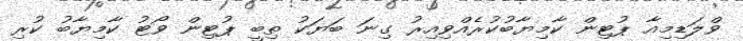
ވްލަޑިމިއާ ޕުޓިން ކާމިޔާބުކުރެއްވިއިރު ގިނަ ބަޔަކު ތިބީ ޕުޓިން ވޯޓު ކާމިޔާބު ކުރި